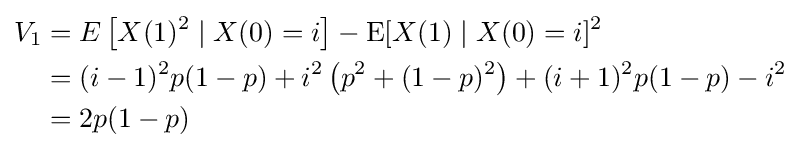
{\begin{aligned}V_{1}&=E\left[X(1)^{2}\mid X(0)=i\right]-\operatorname {E} [X(1)\mid X(0)=i]^{2}\\&=(i-1)^{2}p(1-p)+i^{2}\left(p^{2}+(1-p)^{2}\right)+(i+1)^{2}p(1-p)-i^{2}\\&=2p(1-p)\end{aligned}}